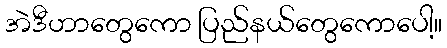
အဲဒီဟာတွေကော ပြည်နယ်တွေကောပေါ့။